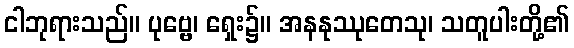
ငါဘုရားသည်။ ပုဗ္ဗေ၊ ရှေး၌။ အနနုဿုတေသု၊ သတူပါးတို့၏